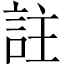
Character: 註